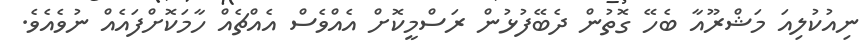
ނިއުކުލިއަ މަޝްރޫއާ ބެހޭ ގޮތުން ދެބޭފުޅުން ރަސްމީކޮށް އެއްވެސް އެއްޗެއް ހާމަކޮށްފައެއް ނުވެއެވެ.